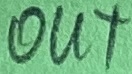
Text: OUT